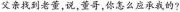
父亲找到老董,说,董哥,你怎么应承我的?